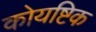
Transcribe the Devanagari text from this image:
कोयष्टिक